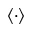
\langle \cdot \rangle